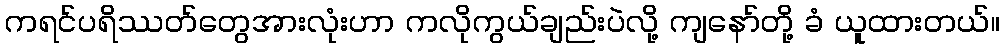
ကရင်ပရိဿတ်တွေအားလုံးဟာ ကလိုကွယ်ချည်းပဲလို့ ကျနော်တို့ ခံ ယူထားတယ်။